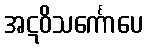
အဋဝိသင်္ကောပေ